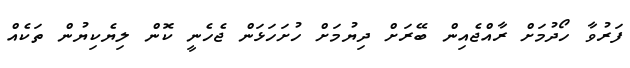
ފަރުވާ ހޯދުމަށް ރާއްޖެއިން ބޭރަށް ދިޔުމަށް ހުށަހަޅަން ޖެހެނީ ކޮން ލިޔެކިޔުން ތަކެއް